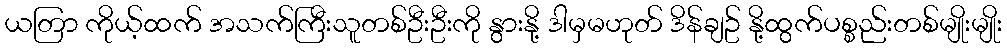
ယတြာ ကိုယ့်ထက် အသက်ကြီးသူတစ်ဦးဦးကို နွားနို့ ဒါမှမဟုတ် ဒိန်ချဥ် နို့ထွက်ပစ္စည်းတစ်မျိုးမျိုး